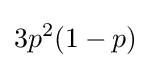
3p^{2}(1-p)